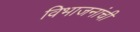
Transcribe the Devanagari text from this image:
विभाजनांची